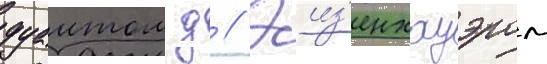
дуаитом д // Эиз'енхауэром